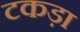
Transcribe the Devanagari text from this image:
टकड़ा